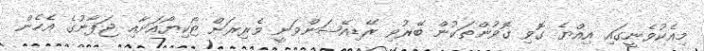
މިއެކުވެނީގައި އިއްޔެ ގޮވި ގޮވުންތަކުން ބޭރުވި ރޭޑިއޭޝަންވަނީ ވެރިރަށް ޓޯކިޔޯއަށާއި ޖަޕާނުގެ އެހެން